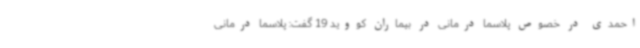
احمدی در خصوص پلاسما درمانی در بیماران کووید 19 گفت: پلاسما درمانی